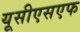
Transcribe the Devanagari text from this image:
यूसीएसएफ